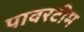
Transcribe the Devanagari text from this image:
पावरटीम